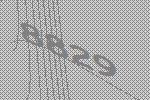
8829